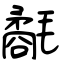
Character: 氄